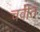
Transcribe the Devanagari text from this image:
चवीत